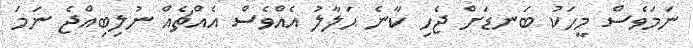
ނަމަވެސް މީހަކު ބަނޑަށް ޖެހި ކާނެ ޙަލާލު އެއްވެސް އެއްޗެއް ނުލިބިއްޖެ ނަމަ